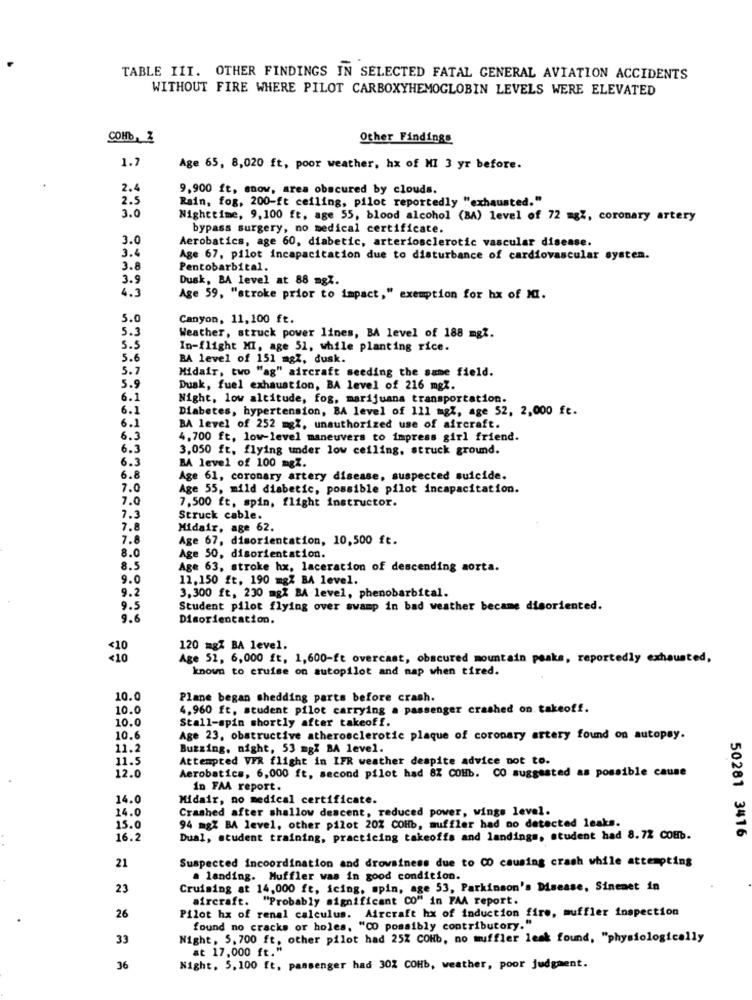
TABLE III. OTHER FINDINGS IN SELECTED FATAL GENERAL AVIATION ACCIDENTS
WITHOUT FIRE WHERE PILOT CARBOXYHEMOGLOBIN LEVELS WERE ELEVATED
COHb, 2
Other Findings
1.7
Age 65, 8,020 ft, poor weather, hx of MI 3 yr before.
2.4
9,900 ft, snow, area obscured by clouds.
2.5
Rain, fog, 200-ft ceiling, pilot reportedly "exhausted."
3.0
Nighttime, 9,100 ft, age 55, blood alcohol (BA) level of 72 mgZ, coronary artery
bypass surgery, no medical certificate.
3.0
Aerobatics, age 60, diabetic, arteriosclerotic vascular disease.
3.4
Age 67, pilot incapacitation due to disturbance of cardiovascular system.
3.8
Pentobarbital.
3.9
Dusk, BA level at 88 mgZ.
4.3
Age 59, "stroke prior to impact," exemption for hx of MI.
5.0
Canyon, 11, 100 ft.
5.3
Weather, struck power lines, BA level of 188 mgz.
5.5
In-flight MI, age 51, while planting rice.
5.6
BA level of 151 mgZ, dusk.
5.7
Midair, two "ag" aircraft seeding the same field.
5.9
Dusk, fuel exhaustion, BA level of 216 mgZ.
6.1
Night, low altitude, fog, marijuana transportation.
6.1
Diabetes, hypertension, BA level of Ill mg7, age 52, 2,000 ft.
6.1
BA level of 252 mgZ, unauthorized use of aircraft.
6.3
4,700 ft, low-level maneuvers to impress girl friend.
6.3
3,050 ft, flying under low ceiling, struck ground.
6.3
BA level of 100 mgZ.
6.8
Age 61, coronary artery disease, suspected suicide.
7.0
Age 55, mild diabetic, possible pilot incapacitation.
7.0
7.500 ft, spin, flight instructor.
7.3
Struck cable.
7.8
Midair, age 62.
7.8
Age 67, disorientation, 10,500 ft.
8.0
Age 50, disorientation.
8.5
Age 63, stroke hx, laceration of descending aorta.
9.0
11.150 ft, 190 mgZ BA level.
9.2
3,300 ft, 230 mgX BA level, phenobarbital.
9.5
Student pilot flying over swamp in bad weather became disoriented.
9.6
Disorientation.
<10
120 mgZ BA level.
<10
Age 52, 6,000 ft, 1,600-ft overcast, obscured mountain peaks, reportedly exhausted,
known to cruise on autopilot and nap when tired.
10.0
Plane began shedding parts before crash.
10.0
4,960 ft, student pilot carrying a passenger crashed on takeoff.
10.0
Stall-spin shortly after takeoff.
10.6
Age 23, obstructive atherosclerotic plaque of coronary artery found on autopsy.
11.2
Buzzing, night, 53 mgZ BA level.
11.5
Attempted VFR flight in IFR weather despite advice not to.
Acrobatics, 6,000 ft, second pilot had 8% COHb. CO suggested as possible cause
12.0
in FAA report.
14.0
Midair, no medical certificate.
14.0
Crashed after shallow descent, reduced power, wings level.
15.0
94 mgZ BA level, other pilot 20% COHb, muffler had no detected leaks.
50281 3416
16.2
Dual, student training, practicing takeoffs and landings, student had 8.72 COHb.
Suspected incoordination and drowsiness due to CO causing crash while attempting
21
a landing. Muffler was in good condition.
23
Cruising at 14,000 ft, icing, spin, age 53, Parkinson's Disease, Sinemet in
aircraft. "Probably significant CO" in FAA report.
Pilot hx of renal calculus. Aircraft hx of induction fire, muffler inspection
26
found no cracks or holes, "CO possibly contributory."
33
Night, 5. 700 ft, other pilot had 25% COHb, no muffler leak found, "physiologically
at 17.000 ft."
36
Night, 5, 100 ft, passenger had 30Z COHb, weather, poor judgment.